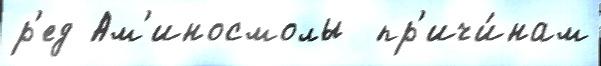
р'ед Ам'иносмолы  пр'ичи́нам